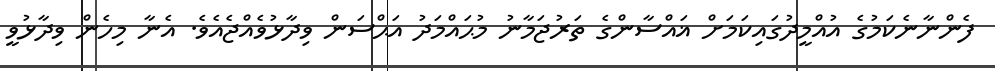
ފެންނާނެކަމުގެ އުއްމީދުގައިކަމަށް ޣައްސާންގެ ތަރުޖަމާނު މުޙައްމަދު އަޙްސަން ވިދާޅުވެއްޖެއެވެ. އެނާ މިހެން ވިދާޅުވީ